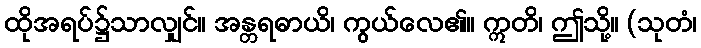
ထိုအရပ်၌သာလျှင်။ အန္တရဓာယိ၊ ကွယ်လေ၏။ ဣတိ၊ ဤသို့။ (သုတံ၊